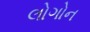
લોગોન